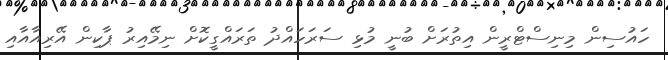
ހައުސިން މިނިސްޓްރީން އިތުރަށް ބުނީ މުޅި ސަރަހައްދު ތަރައްގީކޮށް ނިމޭއިރު ޕާކިން އޭރިއާއާއި